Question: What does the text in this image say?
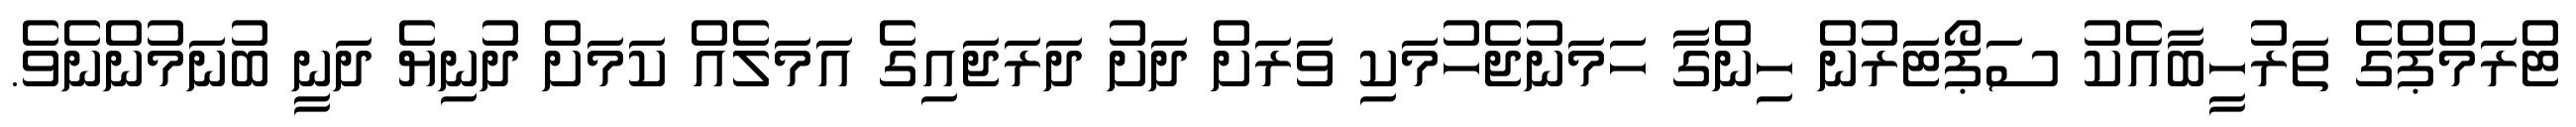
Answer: ޓްރަމްޕްގެ ތަރުހީބާއެކު ސަޕޯޓަރުން ހިންގާ ހަމަނުޖެހުމަކި ވަރަށް ދަށު ދަރަޖައިގެ އަމަލެއް ކަމަށް ދުނިޔެ ދަނީ ބުނަމުންނެވެ.